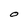
Character: O